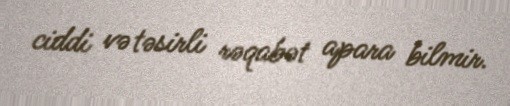
ciddi və təsirli rəqabət apara bilmir.